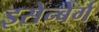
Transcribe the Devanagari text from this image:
इसेन्बेर्ग